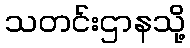
သတင်းဌာနသို့